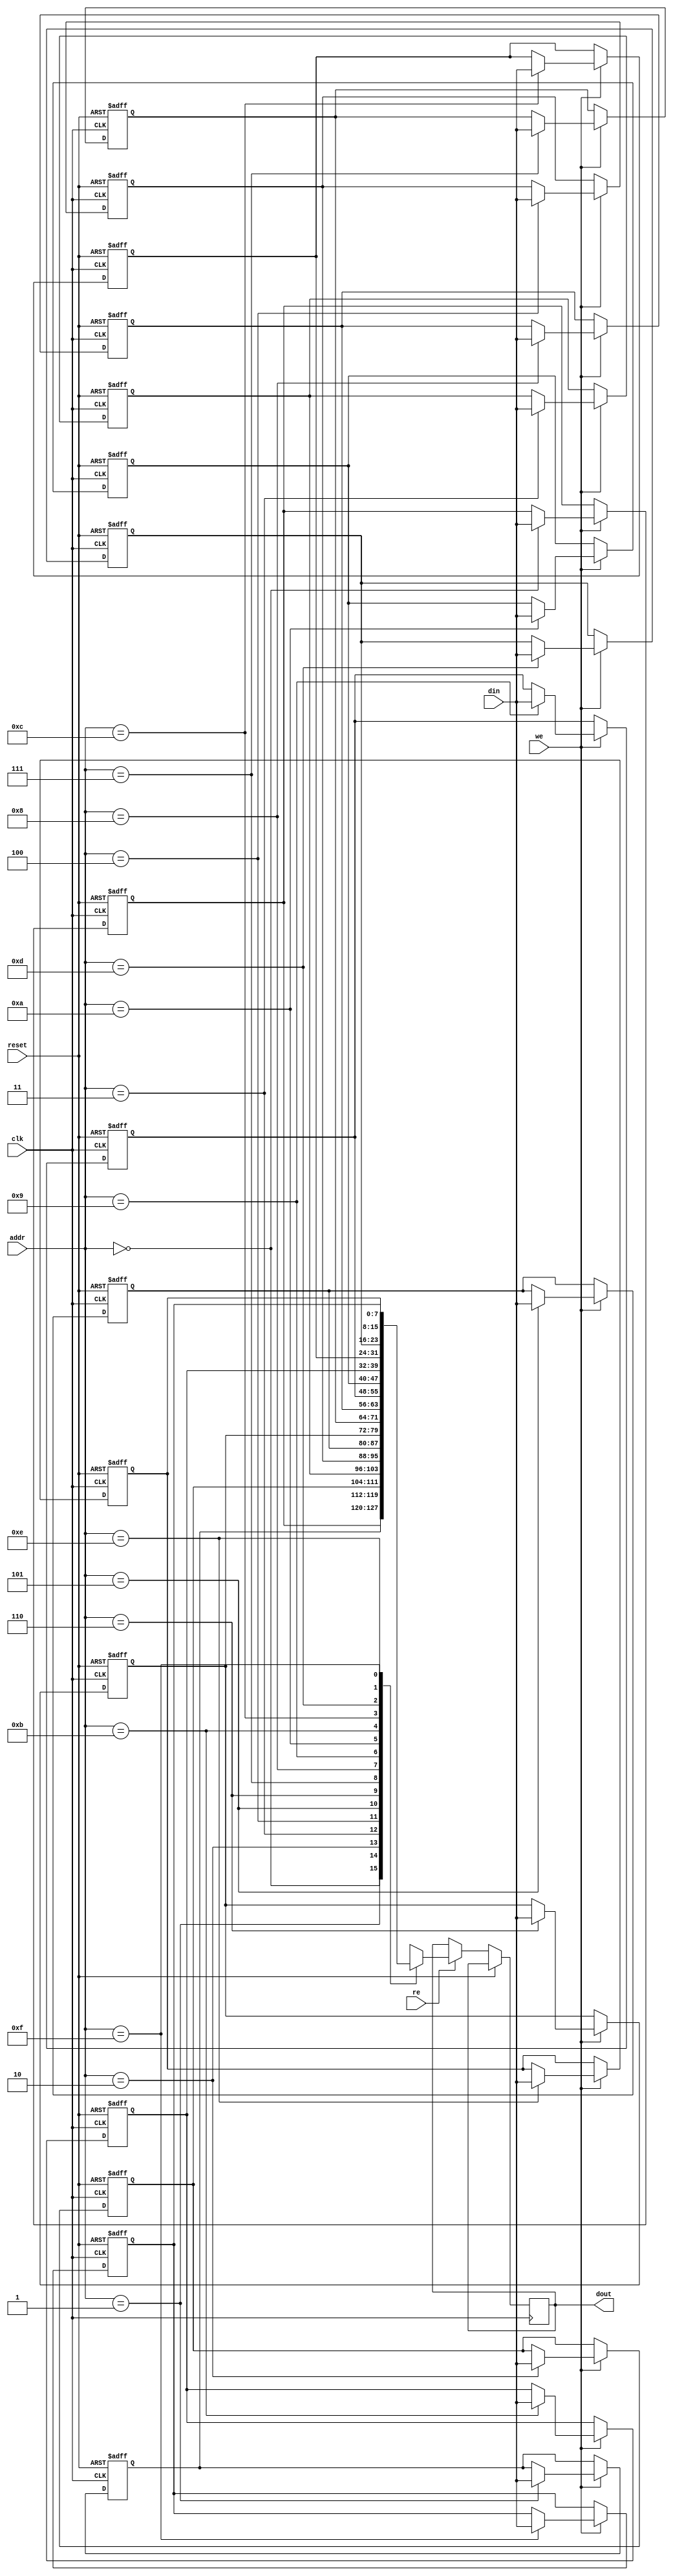
module ScratchpadMemory #(
    parameter ADDR_WIDTH = 4, // Number of address bits (2^ADDR_WIDTH = number of words)
    parameter DATA_WIDTH = 8   // Width of each data word (in bits)
)(
    input wire clk,                     // Clock signal
    input wire reset,                   // Reset signal
    input wire [ADDR_WIDTH-1:0] addr,  // Address input
    input wire [DATA_WIDTH-1:0] din,   // Data input for write operations
    input wire we,                     // Write enable signal
    input wire re,                     // Read enable signal
    output reg [DATA_WIDTH-1:0] dout   // Data output for read operations
);

    // Memory array declaration
    reg [DATA_WIDTH-1:0] memory [(2**ADDR_WIDTH)-1:0];

    // Asynchronous reset to initialize memory
    integer i;
    always @(posedge clk or posedge reset) begin
        if (reset) begin
            for (i = 0; i < (2**ADDR_WIDTH); i = i + 1) begin
                memory[i] <= {DATA_WIDTH{1'b0}}; // Initialize memory to zero
            end
        end else begin
            // Write operation
            if (we) begin
                memory[addr] <= din; // Store data at specified address
            end
            // Read operation
            if (re) begin
                dout <= memory[addr]; // Output data from specified address
            end
        end
    end

endmodule